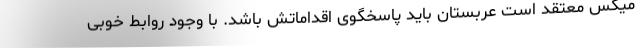
میکس معتقد است عربستان باید پاسخگوی اقداماتش باشد. با وجود روابط خوبی